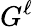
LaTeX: G^{\ell}